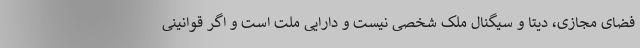
فضای مجازی، دیتا و سیگنال ملک شخصی نیست و دارایی ملت است و اگر قوانینی